Report on plague and inoculation in the Punjab from October 1st ... to September 30th..., being the ... season of plague in the province
Disease focus: Plague
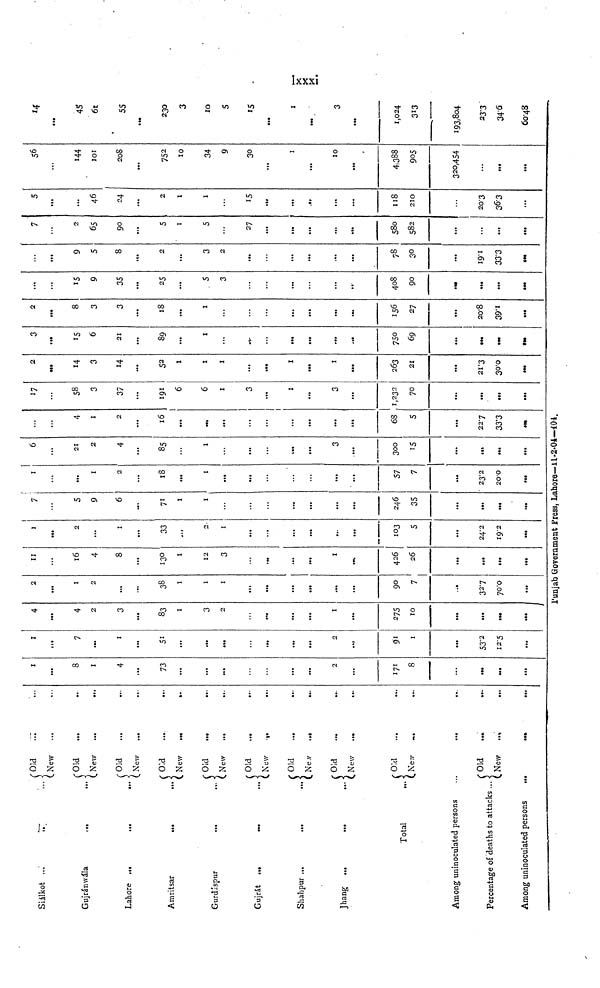
Siálkot
Gujránwála
Lahore ...
Amritsar
Gurdispur
Gujrát
Shahpur ...
Jhang ...
...
...
...
...
...
Total
Among uninoculated persons
Percentage of deaths to attacks
Among uninoculated persons
Old
New
Old
New
Old
New
Old
New
Old
New
Old
New
Old
New
Old
New
Old
New
Old
New
;
...
...
...
...
...
...
...
...
...
...
...
•>»
...
...
• •
•••
...
...
...
...
...
...
...
...
...
1
8
1
4
73
...
...
...
2
171
8
...
1
7
...
i
51
...
...
...
2
53.2
12.5
4
4
2
3
83
1
3
2
1
275
10
...
2
1
2
....
33
1
1
1
...
90
7
32.7
70.0
11
16
4
8
130
1
12
3
1
426
26
...
...
1
2
...
1
33
...
2
1
...
IO3
5
24.2
19.2
7
5
9
6
71
1
1
...
246
35
...
...
1
...
1
2
18
...
1
...
57
7
23.2
20.0
6
21
2
4
85
1
3
300
15
...
...
4
1
2
16
...
...
68
5
22.7
33.3
P'unjab Government Press, Lahore—H-2-04—404.
17
58
3
37
191
6
6
1
3
1
3
1,232
70
...
...
2
14
3
52
1
1
1
...
1
1
263
21
21.3
30.0
3
15
6
21
89
1
750
69
2
8
3
3
18
1
156
27
20.8
39.1
...
15
9
35
25
5
3
408
90
...
...
9
5
8
2
3
2
...
78
30
19.1
33.3
7
2
65
90
5
1
5
27
580
582
...
5
...
46
24
2
1
1
...
15
118
210
...
20.3
36.3
56
144
IOI
208
...
752
10
34
9
30
...
1
...
10
...
4,388
905
320,454
...
...
14
...
45
61
55
230
3
10
5
15
...
1
-
3
...
1,024
313
193,804
23.3
34.6
60.48
1xxxi